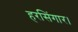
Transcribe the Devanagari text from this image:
हरसिंगार।